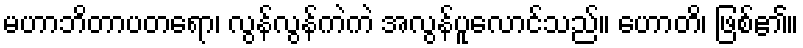
မဟာဘိတာပတရော၊ လွန်လွန်ကဲကဲ အလွန်ပူလောင်သည်။ ဟောတိ၊ ဖြစ်၏။